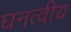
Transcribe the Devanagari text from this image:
घनत्वीय